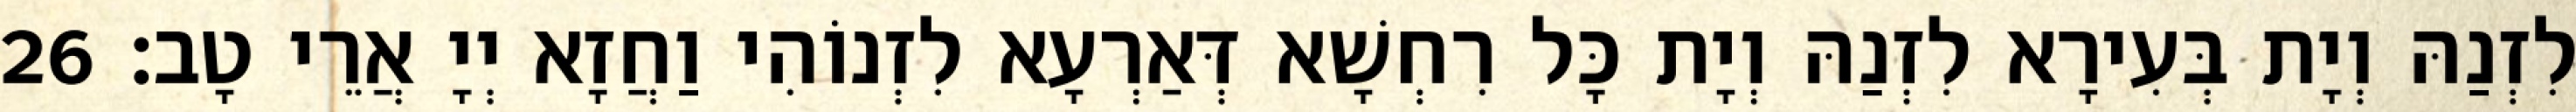
לִזְנַהּ וְיָת בְּעִירָא לִזְנַהּ וְיָת כָּל רִחְשָׁא דְּאַרְעָא לִזְנוֹהִי וַחֲזָא יְיָ אֲרֵי טָב׃ 26